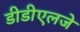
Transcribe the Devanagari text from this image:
डीडीएलजे